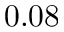
0 . 0 8